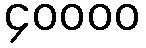
၄၀၀၀၀